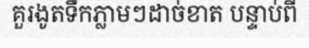
គួរងូតទឹកភ្លាមៗដាច់ខាត បន្ទាប់ពី